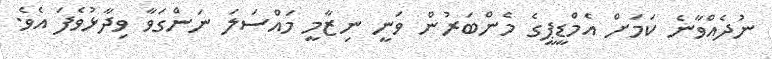
ނުދެއްވާނެ ކަމަށް އެމްޑީޕީގެ މެންބަރުން ވަނީ ނިޒާމީ މައްސަލަ ނަންގަވާ ވިދާޅުވެފަ އެވެ.